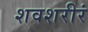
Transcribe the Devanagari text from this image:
शवशरीरं